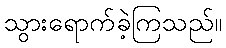
သွားရောက်ခဲ့ကြသည်။